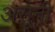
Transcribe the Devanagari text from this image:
असूनी